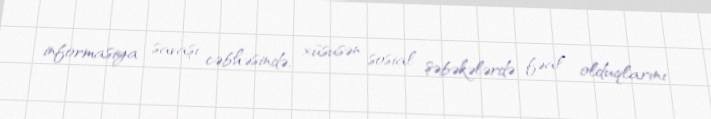
informasiya savaşı cəbhəsində, xüsusən sosial şəbəkələrdə fəal olduqlarını